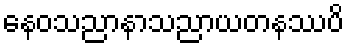
နေဝသညာနာသညာယတနဿပိ